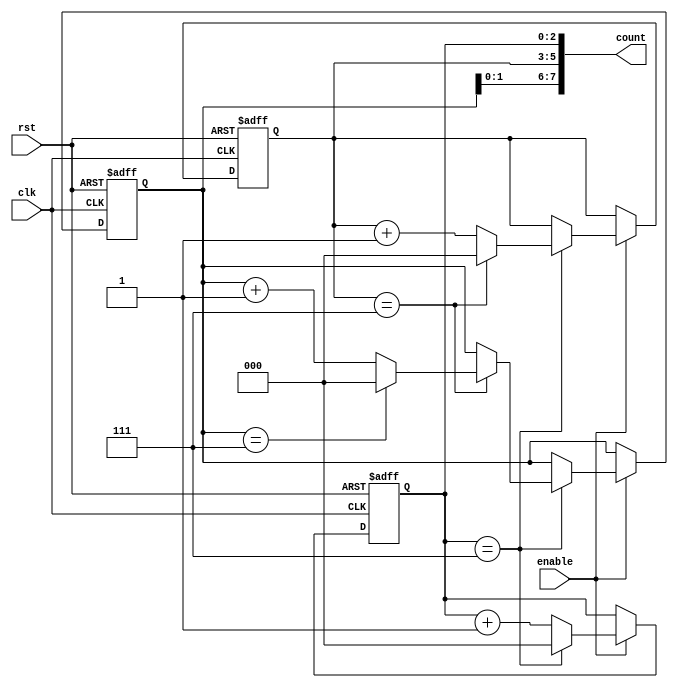
module CascadedCounter (
    input wire clk,          // Clock input
    input wire rst,          // Reset input
    input wire enable,       // Enable input
    output reg [7:0] count   // Output count
);

reg [2:0] stage1_count;
reg [2:0] stage2_count;
reg [2:0] stage3_count;

always @ (posedge clk or posedge rst) begin
    if (rst) begin
        stage1_count <= 0;
        stage2_count <= 0;
        stage3_count <= 0;
    end else if (enable) begin
        if (stage1_count == 7) begin
            stage1_count <= 0;
            if (stage2_count == 7) begin
                stage2_count <= 0;
                if (stage3_count == 7) begin
                    stage3_count <= 0;
                end else begin
                    stage3_count <= stage3_count + 1;
                end
            end else begin
                stage2_count <= stage2_count + 1;
            end
        end else begin
            stage1_count <= stage1_count + 1;
        end
    end
end

assign count = {stage3_count, stage2_count, stage1_count};

endmodule